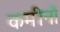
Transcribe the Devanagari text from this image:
कमीनों